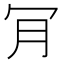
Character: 肎